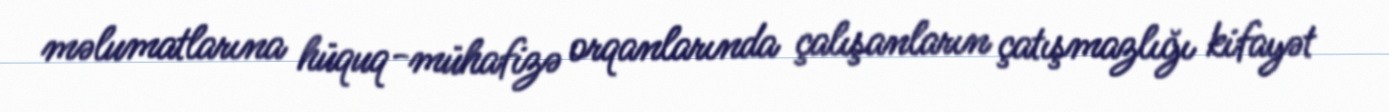
məlumatlarına hüquq-mühafizə orqanlarında çalışanların çatışmazlığı kifayət